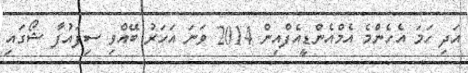
އަދި ހަމަ އެހެންމެ އެމްއެންޑީއެފްއިން 2014 ވަނަ އަހަރު ބޭއްވި ސިފައުފާ ޝޯގައި